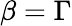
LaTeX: \beta=\Gamma